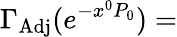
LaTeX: \Gamma_{\mathrm{Adj}}(e^{-x^{0}P_{0}})=